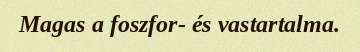
Magas a foszfor- és vastartalma.